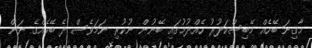
މާގިނަ ބޭހެއް މޭބިސްކަދުރު ހެއްދުމުގައި ބޭނުން ނުކުރި ނަމަވެސް ދެ ބޭހެއްގެ ނަން